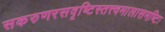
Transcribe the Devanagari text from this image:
सकरुणरसवृष्टिस्तत्त्वमालासमष्टिः